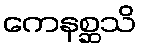
ကေနစ္ဆသိ